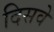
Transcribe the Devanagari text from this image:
दिसवे